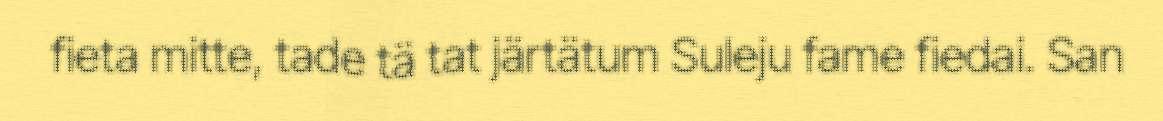
fieta mitte, tade tä tat järtätum Suleju fame fiedai. San